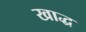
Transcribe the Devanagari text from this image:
खाद्ध